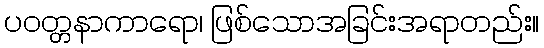
ပဝတ္တနာကာရော၊ ဖြစ်သောအခြင်းအရာတည်း။